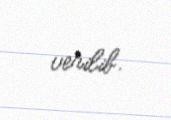
verilib.